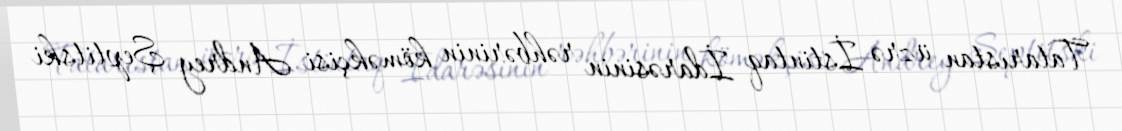
Tatarıstan üzrə İstintaq İdarəsinin rəhbərinin köməkçisi Andrey Şeptitski